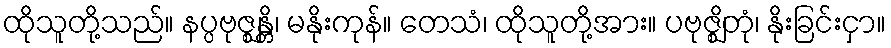
ထိုသူတို့သည်။ နပ္ပဗုဇ္ဈန္တိ၊ မနိုးကုန်။ တေသံ၊ ထိုသူတို့အား။ ပဗုဇ္ဈိတုံ၊ နိုးခြင်းငှာ။